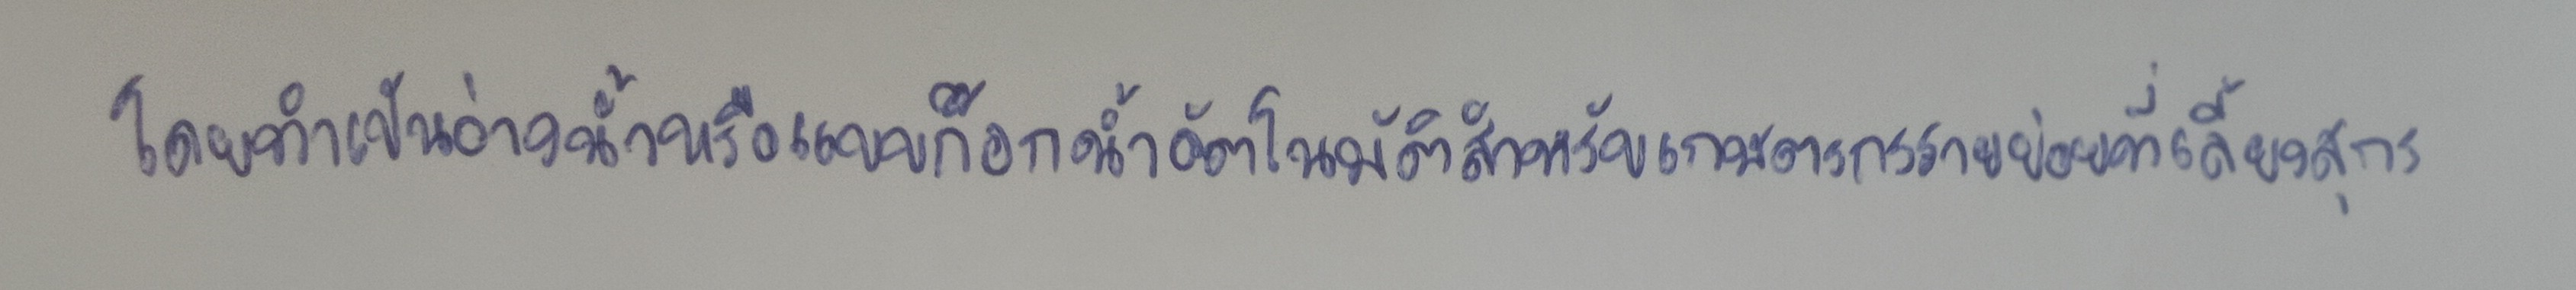
โดยทำเป็นอ่างน้ำหรือแบบก๊อกน้ำอัตโนมัติสำหรับเกษตรกรรายย่อยที่เลี้ยงสุกร